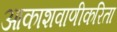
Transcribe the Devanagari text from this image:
आकाशवाणीकरिता